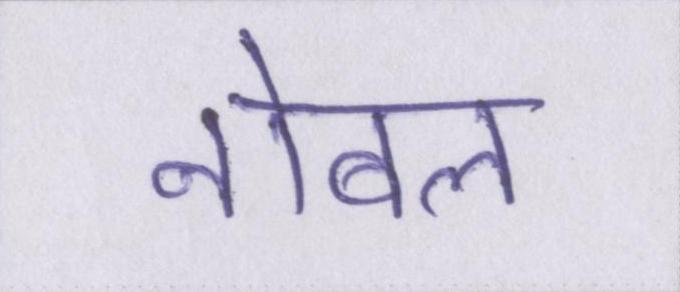
नोबल